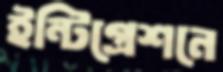
ইন্টিগ্রেশনে